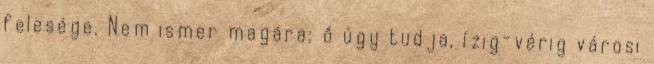
felesége. Nem ismer magára: ő úgy tudja, ízig-vérig városi